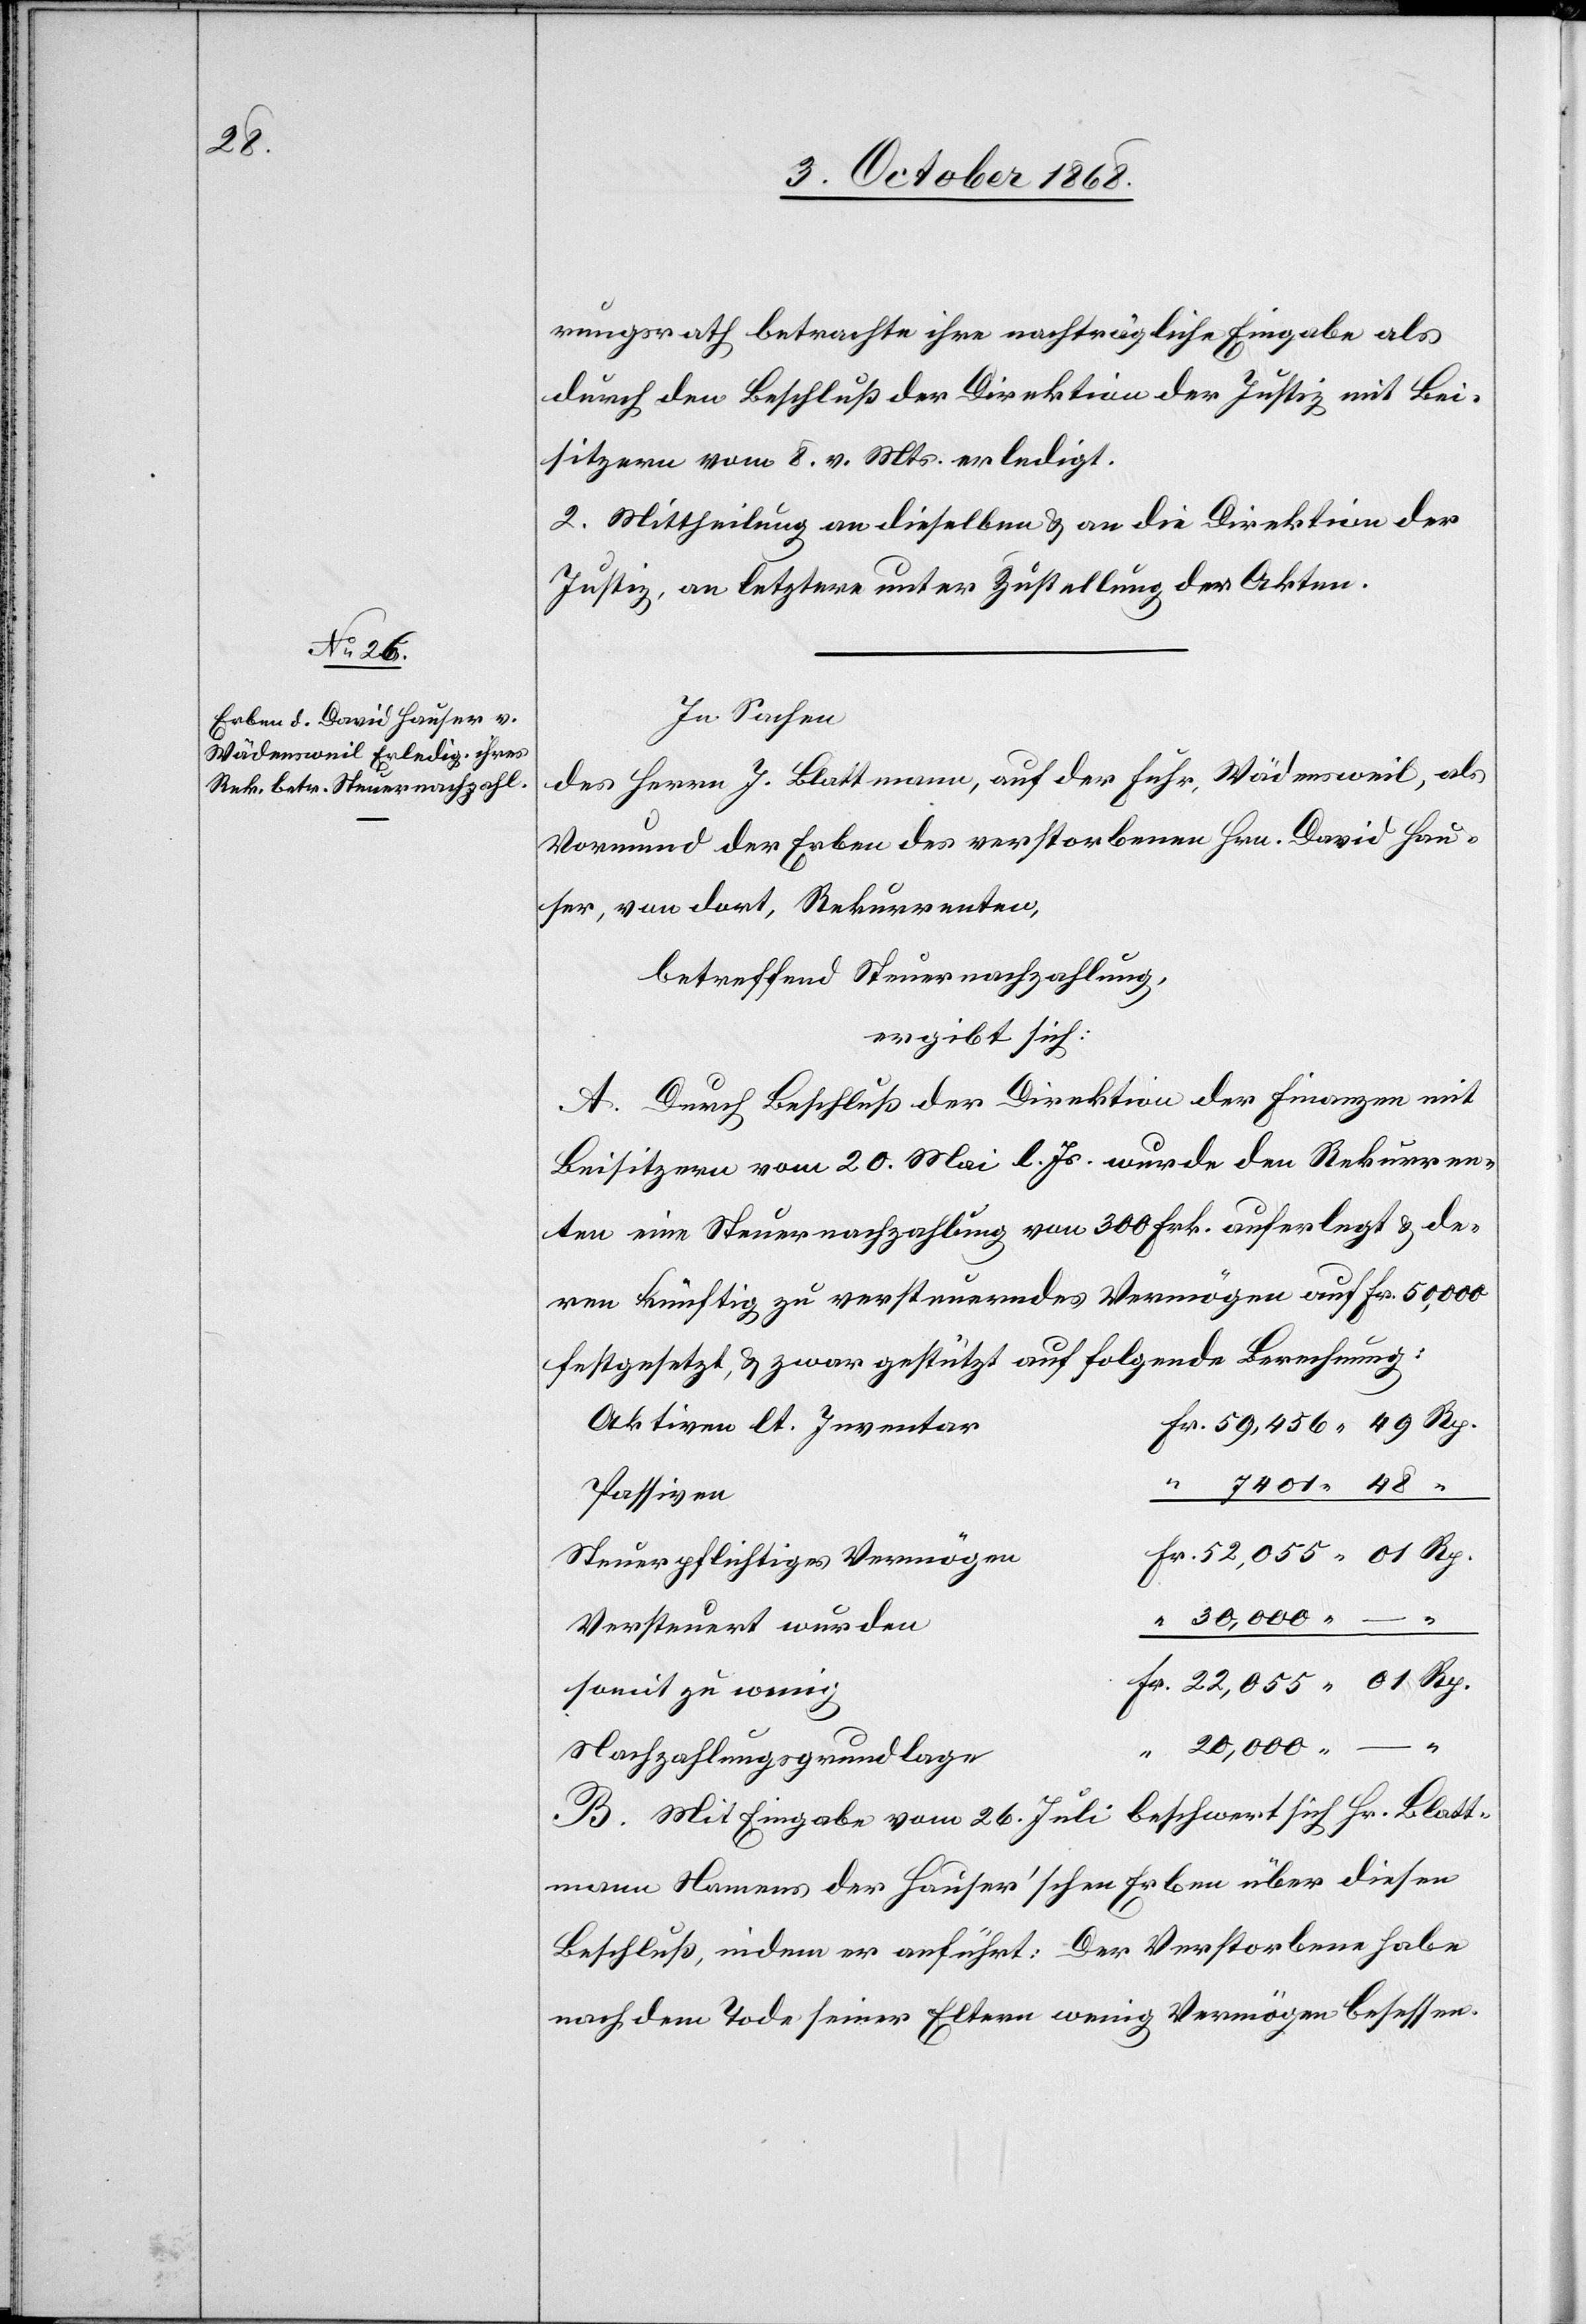
rungsrath betrachte ihre nachträgliche Eingabe als
durch den Beschluß der Direktion der Justiz mit Bei¬
sitzern vom 8. v. Mts. erledigt.
2. Mittheilung an dieselben & an die Direktion der
Justiz, an letztere unter Zustellung der Akten.
In Sachen
des Herrn J. Blattmann, auf der Fuhr, Wädensweil, als
Vormund der Erben des verstorbenen Hrn. David Hau¬
ser, von dort, Rekurrenten,
betreffend Steuernachzahlung,
ergibt sich:
A. Durch Beschluß der Direktion der Finanzen mit
Beisitzern vom 20. Mai l. Js. wurde den Rekurren¬
ten eine Steuernachzahlung von 300 Frk. auferlegt & de¬
ren künftig zu versteuerndes Vermögen auf Fr. 50,000
festgesetzt, & zwar gestützt auf folgende Berechnung:
Fr. 59,456 49 Rp.
Aktiven lt. Inventar
Passiven
Fr. 22,055 01 Rp.
Steuerpflichtiges Vermögen
Versteuert wurden
somit zu wenig
“ 20,000 –
Nachzahlungsgrundlage
B. Mit Eingabe vom 26. Juli beschwert sich Hr. Blatt¬
mann Namens der Hauser’schen Erben über diesen
Beschluß, indem er anführt: Der Verstorbene habe
nach dem Tode seiner Eltern wenig Vermögen besessen.